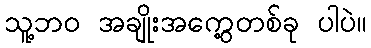
သူ့ဘဝ အချိုးအကွေ့တစ်ခု ပါပဲ။